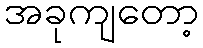
အခုကျတော့